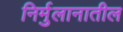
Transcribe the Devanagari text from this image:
निर्मुलानातील